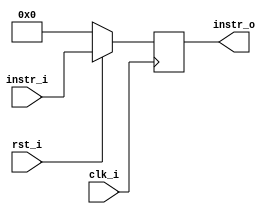
/***************************************************
Student Name:  
Student ID: 0716080 0716203
***************************************************/

`timescale 1ns/1ps

module IF_ID(
	input clk_i,
	input rst_i,
	input [31:0] instr_i,
	output reg [31:0] instr_o
	);
    
/* Write your code HERE */

always @(posedge clk_i) begin
    if(~rst_i)
	    instr_o <= 0;
	else
	    begin
		instr_o <= instr_i;
		end
end

endmodule